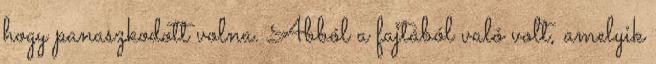
hogy panaszkodott volna. Abból a fajtából való volt, amelyik